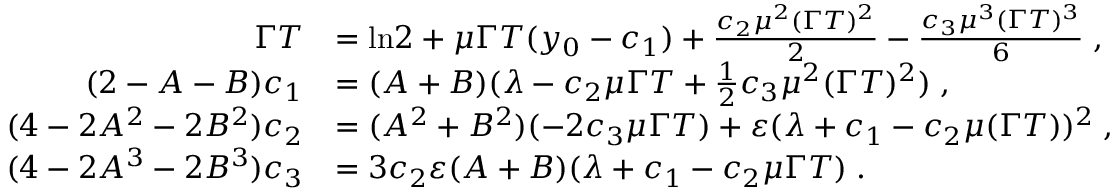
\begin{array} { r l } { \Gamma T } & { = \ln \! 2 + \mu \Gamma T ( y _ { 0 } - c _ { 1 } ) + \frac { c _ { 2 } \mu ^ { 2 } ( \Gamma T ) ^ { 2 } } { 2 } - \frac { c _ { 3 } \mu ^ { 3 } ( \Gamma T ) ^ { 3 } } { 6 } \; , } \\ { ( 2 - A - B ) c _ { 1 } } & { = ( A + B ) ( \lambda - c _ { 2 } \mu \Gamma T + \frac { 1 } { 2 } c _ { 3 } \mu ^ { 2 } ( \Gamma T ) ^ { 2 } ) \; , } \\ { ( 4 - 2 A ^ { 2 } - 2 B ^ { 2 } ) c _ { 2 } } & { = ( A ^ { 2 } + B ^ { 2 } ) ( - 2 c _ { 3 } \mu \Gamma T ) + \varepsilon ( \lambda + c _ { 1 } - c _ { 2 } \mu ( \Gamma T ) ) ^ { 2 } \; , } \\ { ( 4 - 2 A ^ { 3 } - 2 B ^ { 3 } ) c _ { 3 } } & { = 3 c _ { 2 } \varepsilon ( A + B ) ( \lambda + c _ { 1 } - c _ { 2 } \mu \Gamma T ) \; . } \end{array}